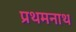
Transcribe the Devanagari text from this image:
प्रथमनाथ